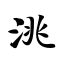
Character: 洮